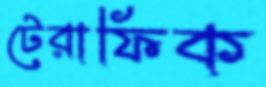
টেরাফিক